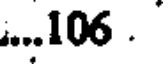
...106 .